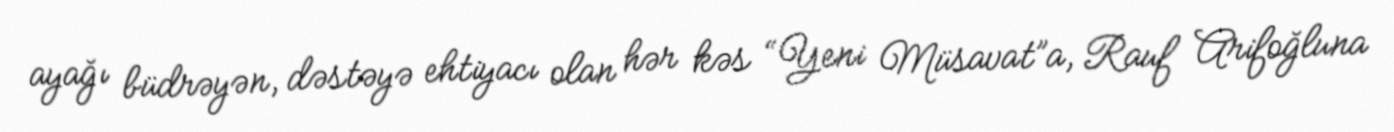
ayağı büdrəyən, dəstəyə ehtiyacı olan hər kəs “Yeni Müsavat”a, Rauf Arifoğluna